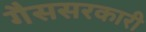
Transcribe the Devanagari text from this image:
गैससरकारी